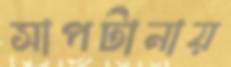
সাপটানায়